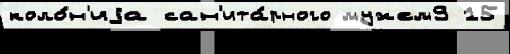
коло́н'иjа сан'ита́рного мужем9 15